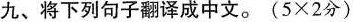
九、将下列句子翻译成中文。(5×2分)